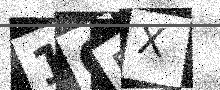
Text: 1QFX